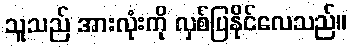
သူသည် အားလုံးကို လှစ်ပြနိုင်လေသည်။